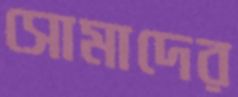
সোমাদের